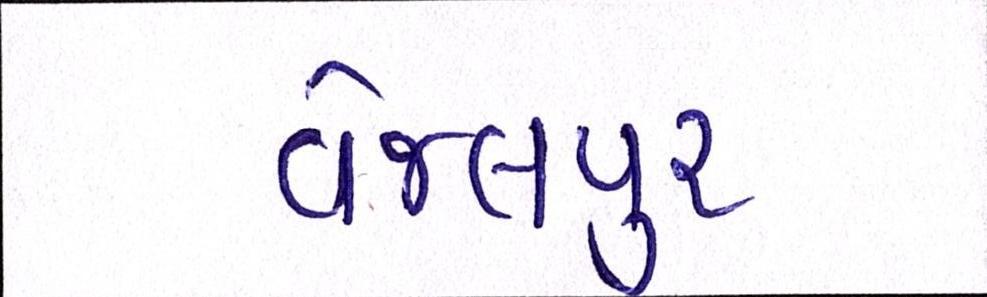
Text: વેજલપુર